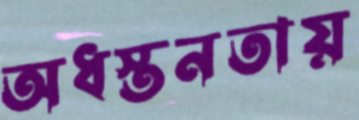
অধস্তনতায়